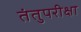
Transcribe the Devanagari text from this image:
तंतुपरीक्षा